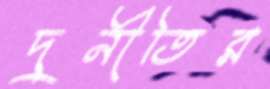
দুর্নীতির